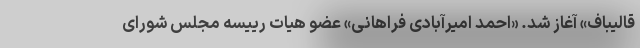
قالیباف» آغاز شد. «احمد امیرآبادی فراهانی» عضو هیات رییسه مجلس شورای